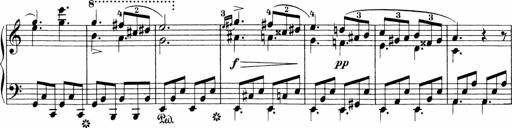
Title: 3 Sonatinas
Composer: Carl Reinecke